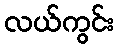
လယ်ကွင်း